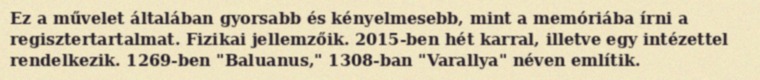
Ez a művelet általában gyorsabb és kényelmesebb, mint a memóriába írni a regisztertartalmat. Fizikai jellemzőik. 2015-ben hét karral, illetve egy intézettel rendelkezik. 1269-ben "Baluanus," 1308-ban "Varallya" néven említik.